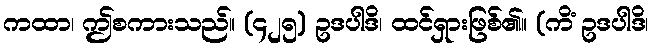
ကထာ၊ ဤစကားသည်။ (၄၂၅) ဥဒပါဒိ၊ ထင်ရှားဖြစ်၏။ (ကိံ ဥဒပါဒိ၊